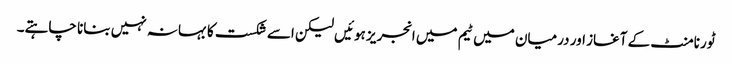
ٹورنامنٹ کے آغاز اور درمیان میں ٹیم میں انجریز ہوئیں لیکن اسے شکست کا بہانہ نہیں بنانا چاہتے۔